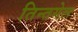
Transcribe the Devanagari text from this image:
तिन्तगेल